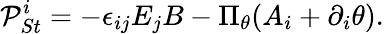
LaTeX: {\cal P}_{St}^{i}=-\epsilon_{ij}E_{j}B-\Pi_{\theta}(A_{i}+\partial_{i}\theta).